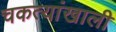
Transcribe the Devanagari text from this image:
चकत्यांखाली